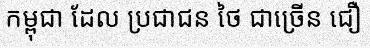
កម្ពុជា ដែល ប្រជាជន ថៃ ជាច្រើន ជឿ